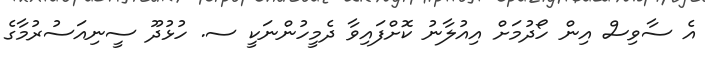
އެ ސާވިސް އިން ހޯދުމަށް އިއުލާނު ކޮށްފައިވާ ދެމީހުންނަކީ ސ. ހުޅުދޫ ސީނިއަސުރުމާގެ